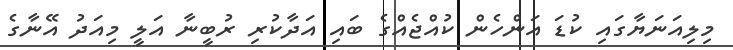
މިލިއަނަޔާގައި ކުޑަ އަންހެން ކުއްޖެއްގެ ބައި އަދާކުރި ރުބީނާ އަލީ މިއަދު އޭނާގެ